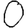
Digit: 0